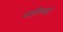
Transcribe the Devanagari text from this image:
अमूर्ततावादी